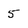
Character: 5